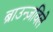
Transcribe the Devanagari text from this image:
ब्राउन्ज़विले